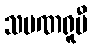
သမဏရူပီ